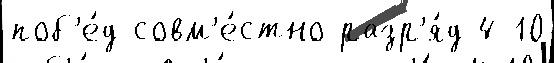
поб'е́д совм'е́стно разр'я́д 4-10